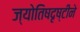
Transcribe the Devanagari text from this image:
ज्योतिषदृष्टीने